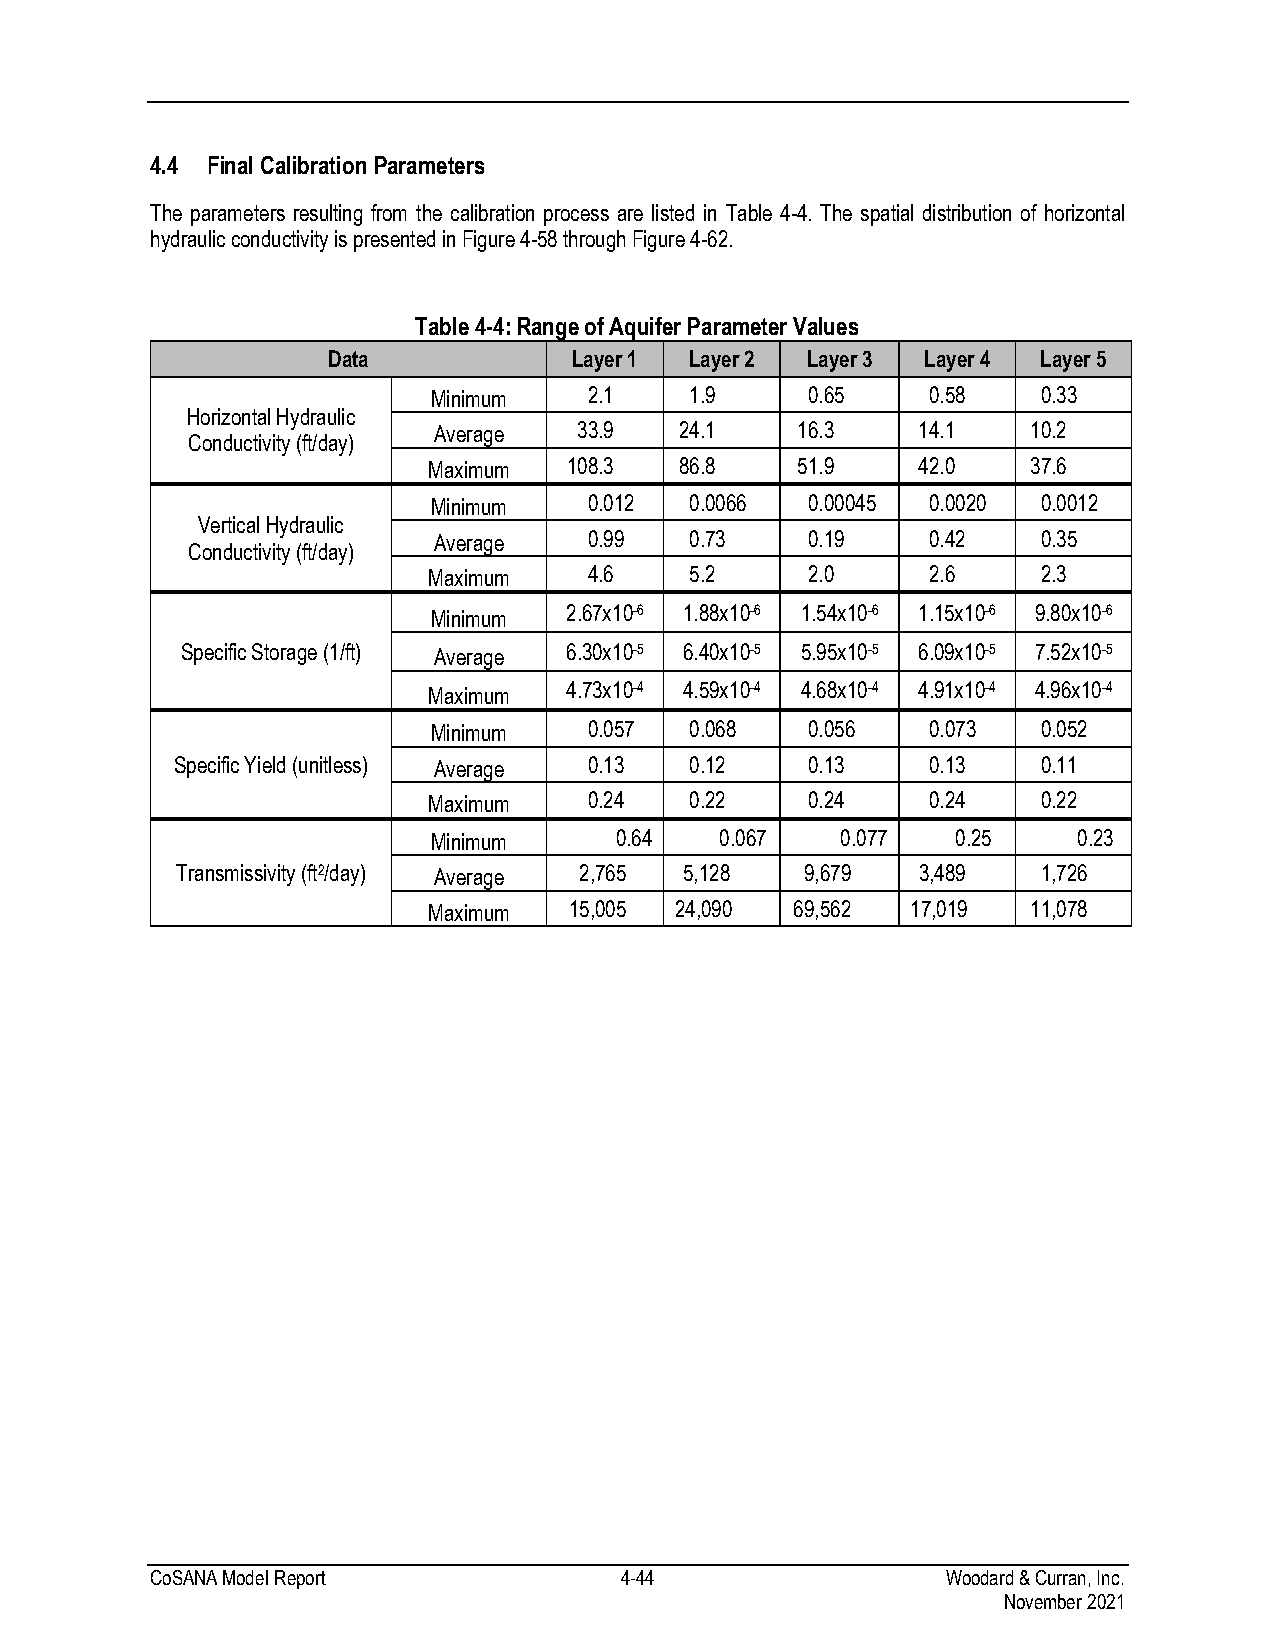
4.4 Final Calibration Parameters
 The parameters resulting from the calibration process are listed in Table 4-4. The spatial distribution of horizontal
 hydraulic conductivity is presented in Figure 4-58 through Figure 4-62.
 Table 4-4: Range of Aquifer Parameter Values
 Data            Layer 1 Layer 2 Layer 3 Layer 4 Layer 5
 Minimum   2.1    1.9    0.65    0.58    0.33
 Horizontal Hydraulic
 Average  33.9   24.1    16.3    14.1   10.2
 Conductivity (ft/day)
 Maximum   108.3  86.8    51.9    42.0   37.6
 Minimum   0.012  0.0066 0.00045 0.0020  0.0012
 Vertical Hydraulic
 Average   0.99   0.73   0.19    0.42    0.35
 Conductivity (ft/day)
 Maximum    4.6    5.2    2.0     2.6     2.3
 Minimum 2.67x10-6 1.88x10-6 1.54x10-6 1.15x10-6 9.80x10-6
 Specific Storage (1/ft) Average 6.30x10-5 6.40x10-5 5.95x10-5 6.09x10-5 7.52x10-5
 Maximum  4.73x10-4 4.59x10-4 4.68x10-4 4.91x10-4 4.96x10-4
 Minimum   0.057  0.068  0.056   0.073   0.052
 Specific Yield (unitless) Average 0.13 0.12 0.13 0.13    0.11
 Maximum    0.24   0.22   0.24    0.24    0.22
 Minimum     0.64   0.067   0.077  0.25    0.23
 Transmissivity (ft2/day) Average 2,765 5,128 9,679 3,489 1,726
 Maximum   15,005 24,090  69,562 17,019  11,078
 CoSANA Model Report            4-44                  Woodard & Curran, Inc.
 November 2021